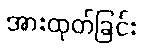
အားထုတ်ခြင်း